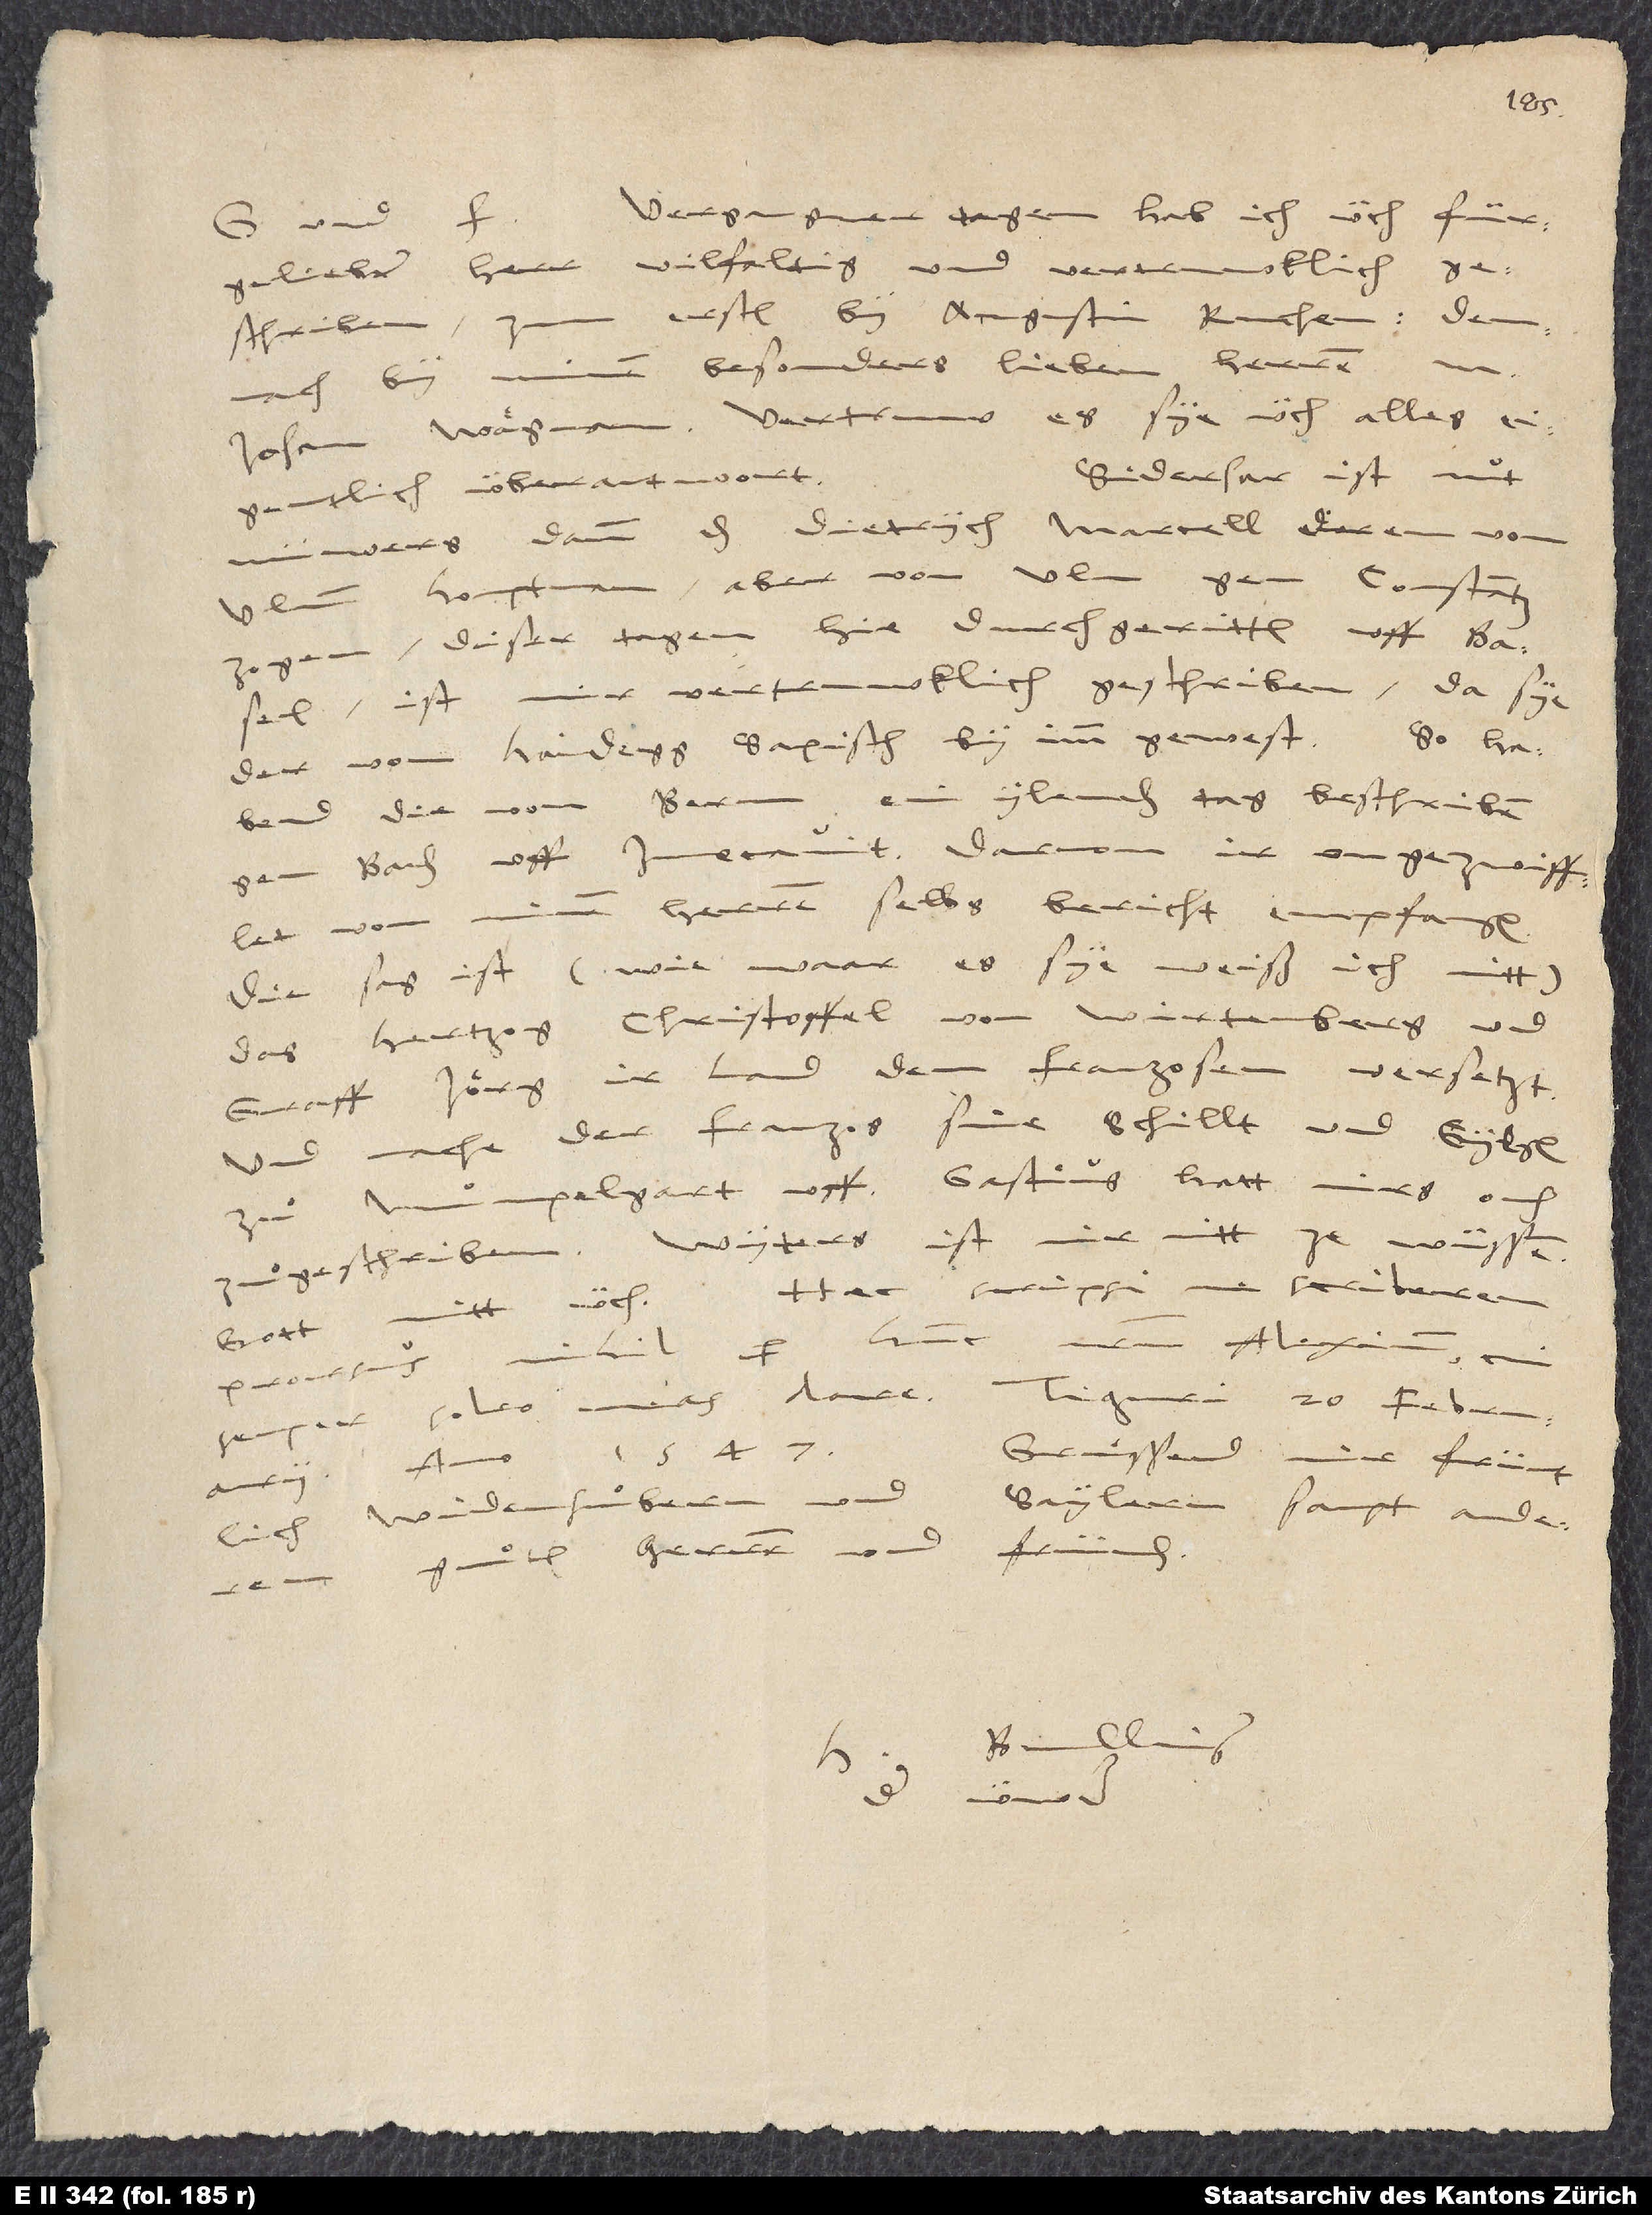
Johan Wägman. Vertruw, es sye üch alles
Siderhar ist nüt
eigentlich überantwort.
nüwers, dann das Dietrych Marcell, deren von
Ulmm houptman, aber von Ulm gen Constantz
zogen, diser tagen hie durchgeritten uff Basel.
Ist mir vertruwklich geschriben, da sye
der von Haidegg, saxisch, by imm gewest. So habend
die von Bern ein ylenden tag beschriben
gen Baden uff Invocavit, darvon ir ongezweifflet
von minen herren selbs bericht empfangen.
Die sag ist (wie waar es sye, weiß ich nitt),
das hertzog Christoffel von Wirtenberg und
graff Jörg ir land dem Franzosen versetzt,
und mache der Franzos sine schillt und gylgen
zuͦ Muͦmpelgart uff. Gastius hatt mirs ouch
ze wüssen.
zuͦgeschriben. Wyters ist mir nitt
scriberem
Haec scripsi,
Gott mitt üch.
Alexium, cui
prorsus nihil per hunc
20. februarii,
semper soleo meas dare. Tiguri,
Gruͤssend
1547.
und
Saylern
sampt anderen
Widenhuͦbern
guͦten herren und fründen.
Bullinger,
der üwer.